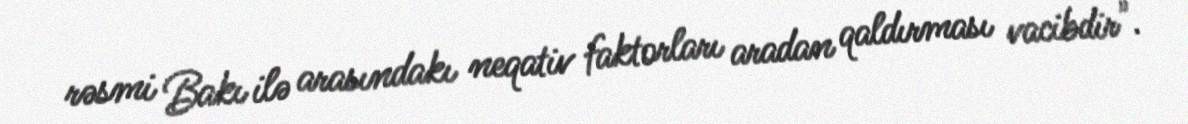
rəsmi Bakı ilə arasındakı neqativ faktorları aradan qaldırması vacibdir".